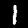
Digit: 1